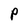
Character: P